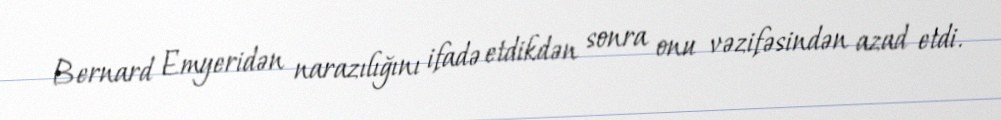
Bernard Emyeridən narazılığını ifadə etdikdən sonra onu vəzifəsindən azad etdi.